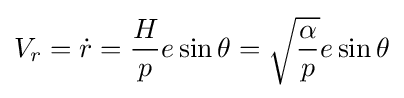
V_{r}={\dot {r}}={\frac {H}{p}}e\sin \theta ={\sqrt {\frac {\alpha }{p}}}e\sin \theta